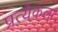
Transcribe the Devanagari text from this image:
प्रत्येकला